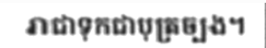
រាជាទុកជាបុត្រច្បង។